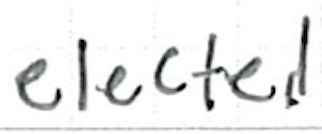
Text: elected
Cross-out: clean
Writing tool: ballpoint